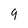
Character: 9